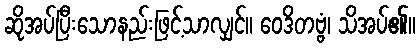
ဆိုအပ်ပြီးသောနည်းဖြင့်သာလျှင်။ ဝေဒိတဗ္ဗံ၊ သိအပ်၏။